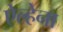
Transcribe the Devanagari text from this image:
ऐल्हेना